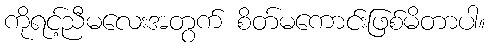
ကိုရင့်ညီမလေးအတွက် စိတ်မကောင်းဖြစ်မိတာပါ။